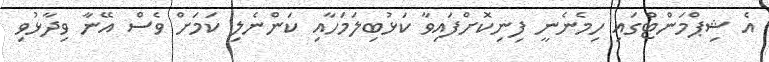
އެ ޝިޕްމަންޓްގައި ހިމެނެނީ ފިނިކޮށްފައިވާ ކަޅުބިލަމަހާއި ކަންނެލި ކަމަށް ވެސް އޭނާ ވިދާޅުވި